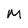
Character: M